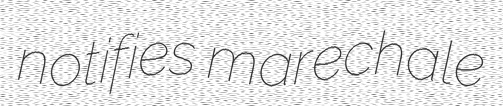
notifies marechale